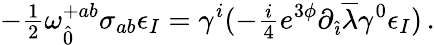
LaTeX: -{\textstyle\frac{1}{2}}\omega_{\hat{0}}^{+ab}\sigma_{ab}\epsilon_{I}=\gamma^{i}(-{\textstyle\frac{i}{4}}e^{3\phi}\partial_{\hat{\imath}}\overline{{{\lambda}}}\gamma^{0}\epsilon_{I})\, .